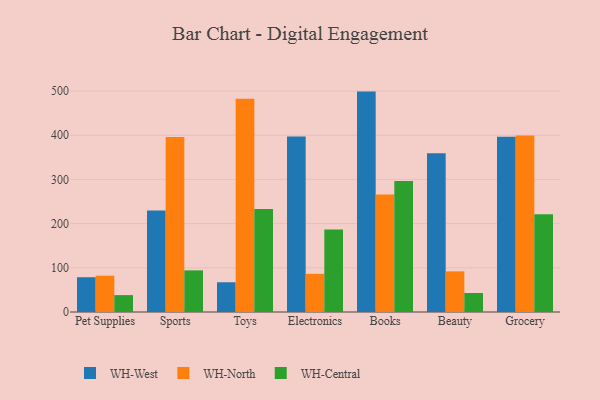
{"axis": {"x": "Category", "y": "Headcount"}, "legend": ["WH-Central", "WH-North", "WH-West"], "data": [{"x": "Pet Supplies", "y": 78.7, "type": "WH-West"}, {"x": "Pet Supplies", "y": 82.1, "type": "WH-North"}, {"x": "Pet Supplies", "y": 38.2, "type": "WH-Central"}, {"x": "Sports", "y": 229.5, "type": "WH-West"}, {"x": "Sports", "y": 396.2, "type": "WH-North"}, {"x": "Sports", "y": 94.2, "type": "WH-Central"}, {"x": "Toys", "y": 67.3, "type": "WH-West"}, {"x": "Toys", "y": 482.5, "type": "WH-North"}, {"x": "Toys", "y": 233.3, "type": "WH-Central"}, {"x": "Electronics", "y": 397.0, "type": "WH-West"}, {"x": "Electronics", "y": 86.4, "type": "WH-North"}, {"x": "Electronics", "y": 186.8, "type": "WH-Central"}, {"x": "Books", "y": 498.7, "type": "WH-West"}, {"x": "Books", "y": 266.1, "type": "WH-North"}, {"x": "Books", "y": 296.5, "type": "WH-Central"}, {"x": "Beauty", "y": 359.1, "type": "WH-West"}, {"x": "Beauty", "y": 91.9, "type": "WH-North"}, {"x": "Beauty", "y": 43.0, "type": "WH-Central"}, {"x": "Grocery", "y": 396.4, "type": "WH-West"}, {"x": "Grocery", "y": 399.6, "type": "WH-North"}, {"x": "Grocery", "y": 221.3, "type": "WH-Central"}]}